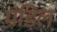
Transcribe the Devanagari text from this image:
पंडिल